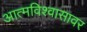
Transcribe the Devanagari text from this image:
आत्मविश्वासावर